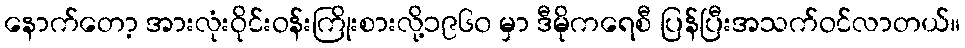
နောက်တော့ အားလုံးဝိုင်းဝန်းကြိုးစားလို့၁၉၆၀ မှာ ဒီမိုကရေစီ ပြန်ပြီးအသက်ဝင်လာတယ်။